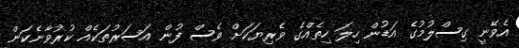
އެވޭނީ ގިސްލުމުގެ އަޑުން ހިލަ ހިތެއްގެ ވެރިޔަކަށް ވެސް ފުން އަސަރުތަކެއް ކުރުވާނެކަން